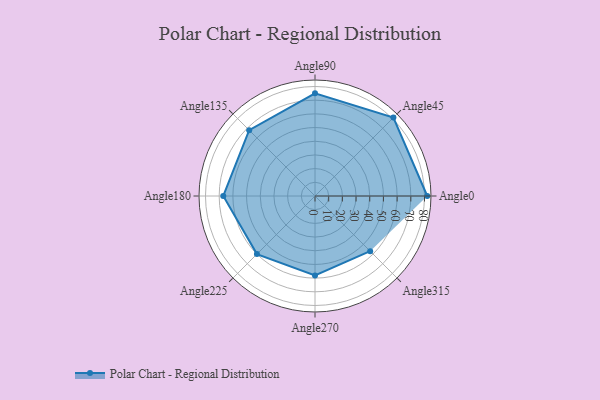
{"axis": {"x": "Angle", "y": "Radius"}, "legend": [""], "data": [{"x": "Angle0", "y": 82.0, "type": ""}, {"x": "Angle45", "y": 81.0, "type": ""}, {"x": "Angle90", "y": 75.0, "type": ""}, {"x": "Angle135", "y": 68.0, "type": ""}, {"x": "Angle180", "y": 67.0, "type": ""}, {"x": "Angle225", "y": 60.0, "type": ""}, {"x": "Angle270", "y": 58.0, "type": ""}, {"x": "Angle315", "y": 57.0, "type": ""}]}